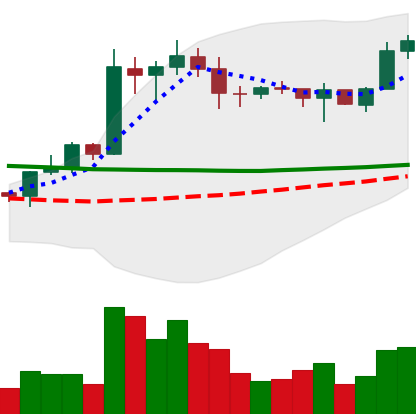
Ticker: EOS-USD
Chart end date: 2020-01-28
Forward return: 4.239%
Label: up_3_5